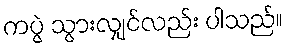
ကပွဲ သွားလျှင်လည်း ပါသည်။